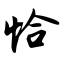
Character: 恰